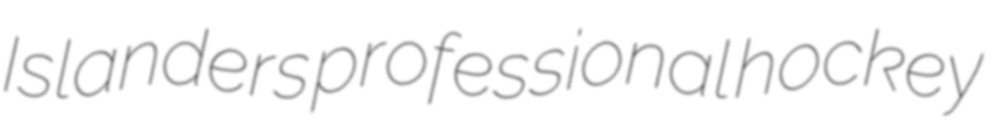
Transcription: Islanders professional hockey